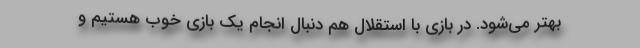
بهتر می‌شود. در بازی با استقلال هم دنبال انجام یک بازی خوب هستیم و